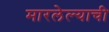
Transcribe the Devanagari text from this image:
मारलेल्याची